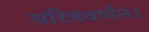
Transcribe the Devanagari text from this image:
चरित्रवर्णन।